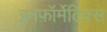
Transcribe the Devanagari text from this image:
इनफ़ॉर्मेटिक्स